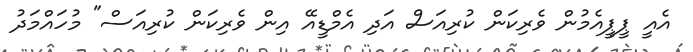
އެއީ ޕީޕީއެމުން ވެރިކަން ކުރިއަސް އަދި އެމްޑީއޭ އިން ވެރިކަން ކުރިއަސް" މުހައްމަދު